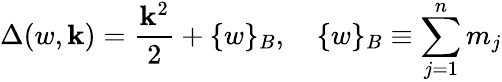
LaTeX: \Delta(w,\mathbf{k})=\frac{{\mathbf{k}^{2}}}{{2}}+\{ w\} _{B},\quad\{ w\} _{B}\equiv\sum_{j=1}^{n}m_{j}